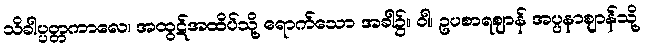
သိခါပ္ပတ္တကာလေ၊ အထွဋ်အထိပ်သို့ ရောက်သော အခါ၌။ ဝါ၊ ဥပစာရဈာန် အပ္ပနာဈာန်သို့